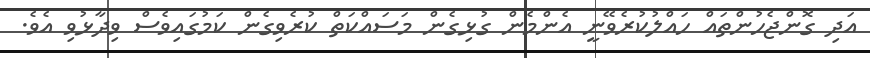
އަދި ގޮންޖެހުންތައް ހައްލުކުރެވޭނީ އެންމެން ގުޅިގެން މަސައްކަތް ކުރެވިގެން ކަމުގައިވެސް ވިދާޅުވި އެވެ.